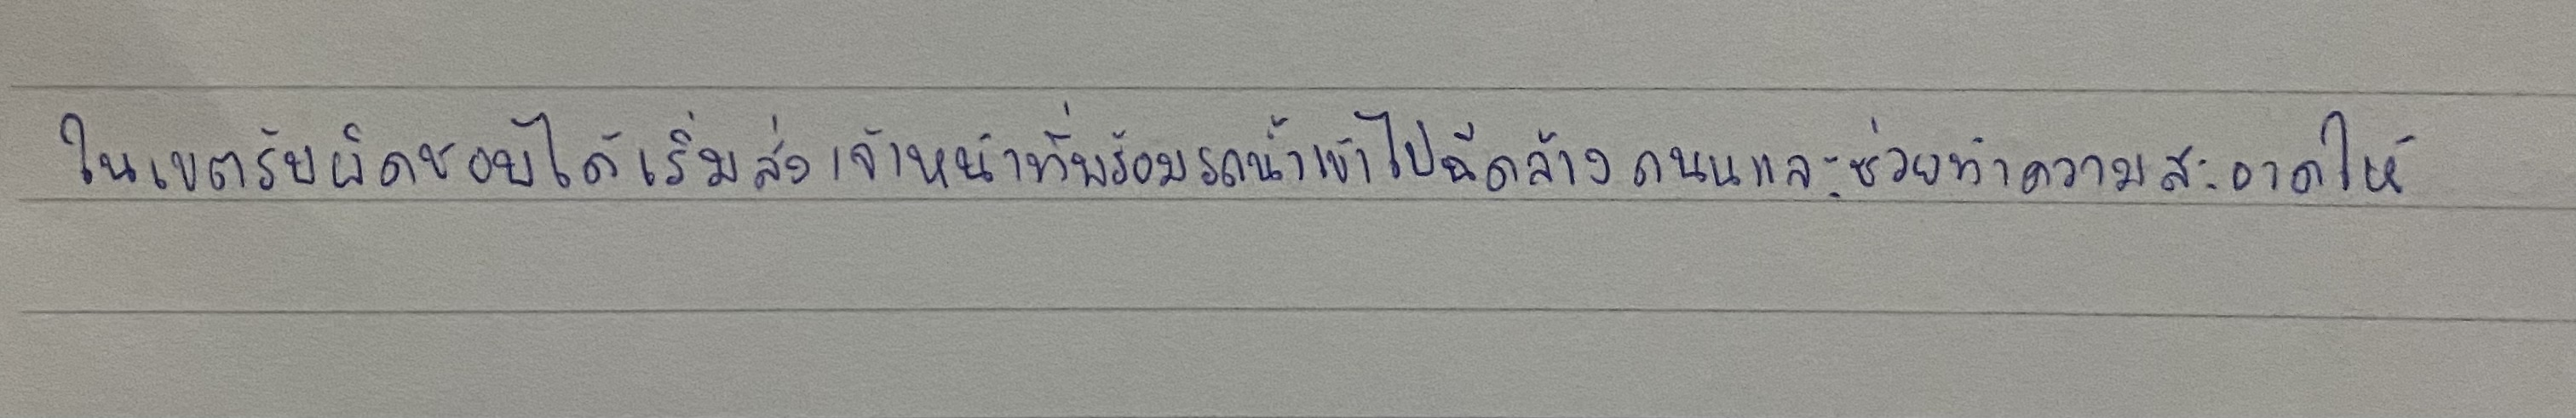
ในเขตรับผิดชอบได้เริ่มส่งเจ้าหน้าที่พร้อมรถน้ำเข้าไปฉีดล้างถนนและช่วยทำความสะอาดให้